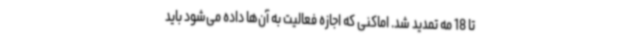
تا 18 مه تمدید شد. اماکنی که اجازه فعالیت به آن‌ها داده می‌شود باید